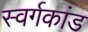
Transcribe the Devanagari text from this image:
स्वर्गकांड